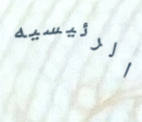
الرئيسيه